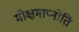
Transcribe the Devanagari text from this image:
मोक्षमाप्नोति